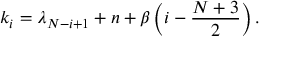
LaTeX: k _ { i } = \lambda _ { N - i + 1 } + n + \beta \left( i - \frac { N + 3 } { 2 } \right) .